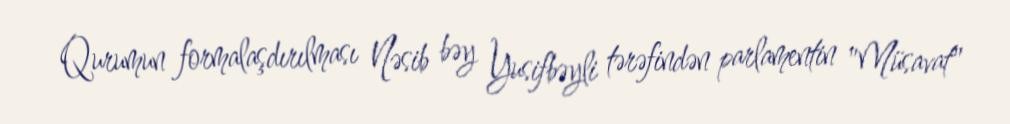
Qurumun formalaşdırılması Nəsib bəy Yusifbəyli tərəfindən parlamentin "Müsavat"